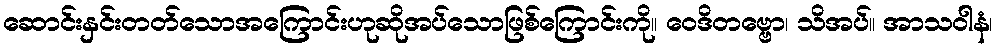
ဆောင်းနှင်းတတ်သောအကြောင်းဟုဆိုအပ်သောဖြစ်ကြောင်းကို။ ဝေဒိတဗ္ဗော၊ သိအပ်။ အာသဝါနံ၊